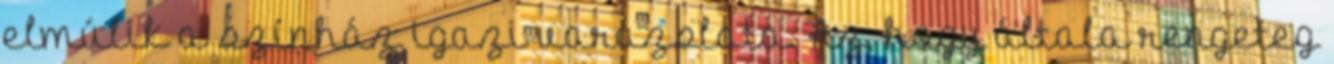
elmúlik a színház igazi varázslata. Az, hogy általa rengeteg